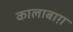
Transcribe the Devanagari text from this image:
कालाबाग़